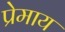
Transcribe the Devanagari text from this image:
प्रेमाय